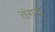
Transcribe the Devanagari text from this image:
तंगड